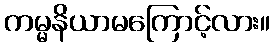
ကမ္မနိယာမကြောင့်လား။